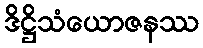
ဒိဋ္ဌိသံယောဇနဿ